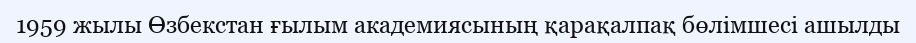
1959 жылы Өзбекстан ғылым академиясының қарақалпақ бөлімшесі ашылды